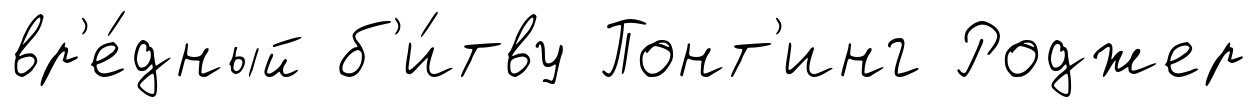
вр'е́дный б'и́тву Понт'инг Роджер